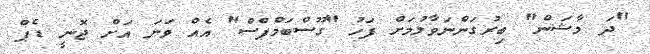
"ދަ މާޝަން" ބިރުގަންނަވާލުމަށް ފަހު "ގޫސްބަމްޕްސް" އެއް ވަނަ އަށް ޖޮނީ ޑެޕް